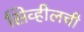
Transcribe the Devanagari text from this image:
सिव्हीलची